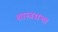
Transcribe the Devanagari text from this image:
शास्त्रसभा